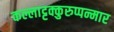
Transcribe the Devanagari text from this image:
कल्लाट्टक्कुरुप्पन्मार